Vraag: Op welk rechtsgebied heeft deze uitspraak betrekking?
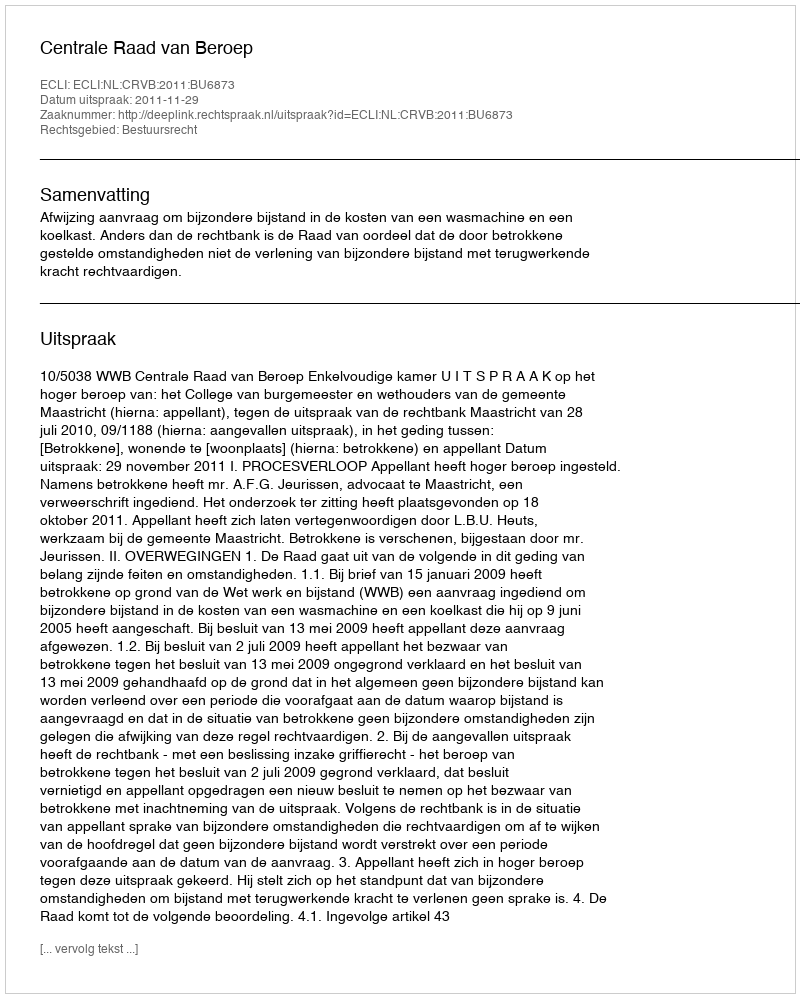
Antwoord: Bestuursrecht